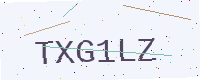
Text: TXG1LZ